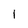
Character: 1